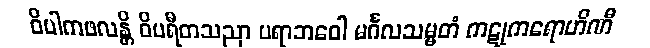
ဝိပါကဖလန္တိ ဝိပရီတသညာ ပရာဘဝေါ မင်္ဂလသမ္မတံ ကဋုကရောဟိဏီ